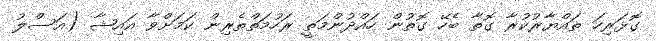
ގޮޅަރިހަ ތައްޔާރުކުރާ ގޮތާ ބެހޭ ގޮތުން ހައްދުންމަތީ ރަހުމަތްތެރިން ކަމަށްވާ އައިޝާ (އަސްލު